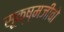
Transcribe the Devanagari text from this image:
सूक्ष्मजीवो